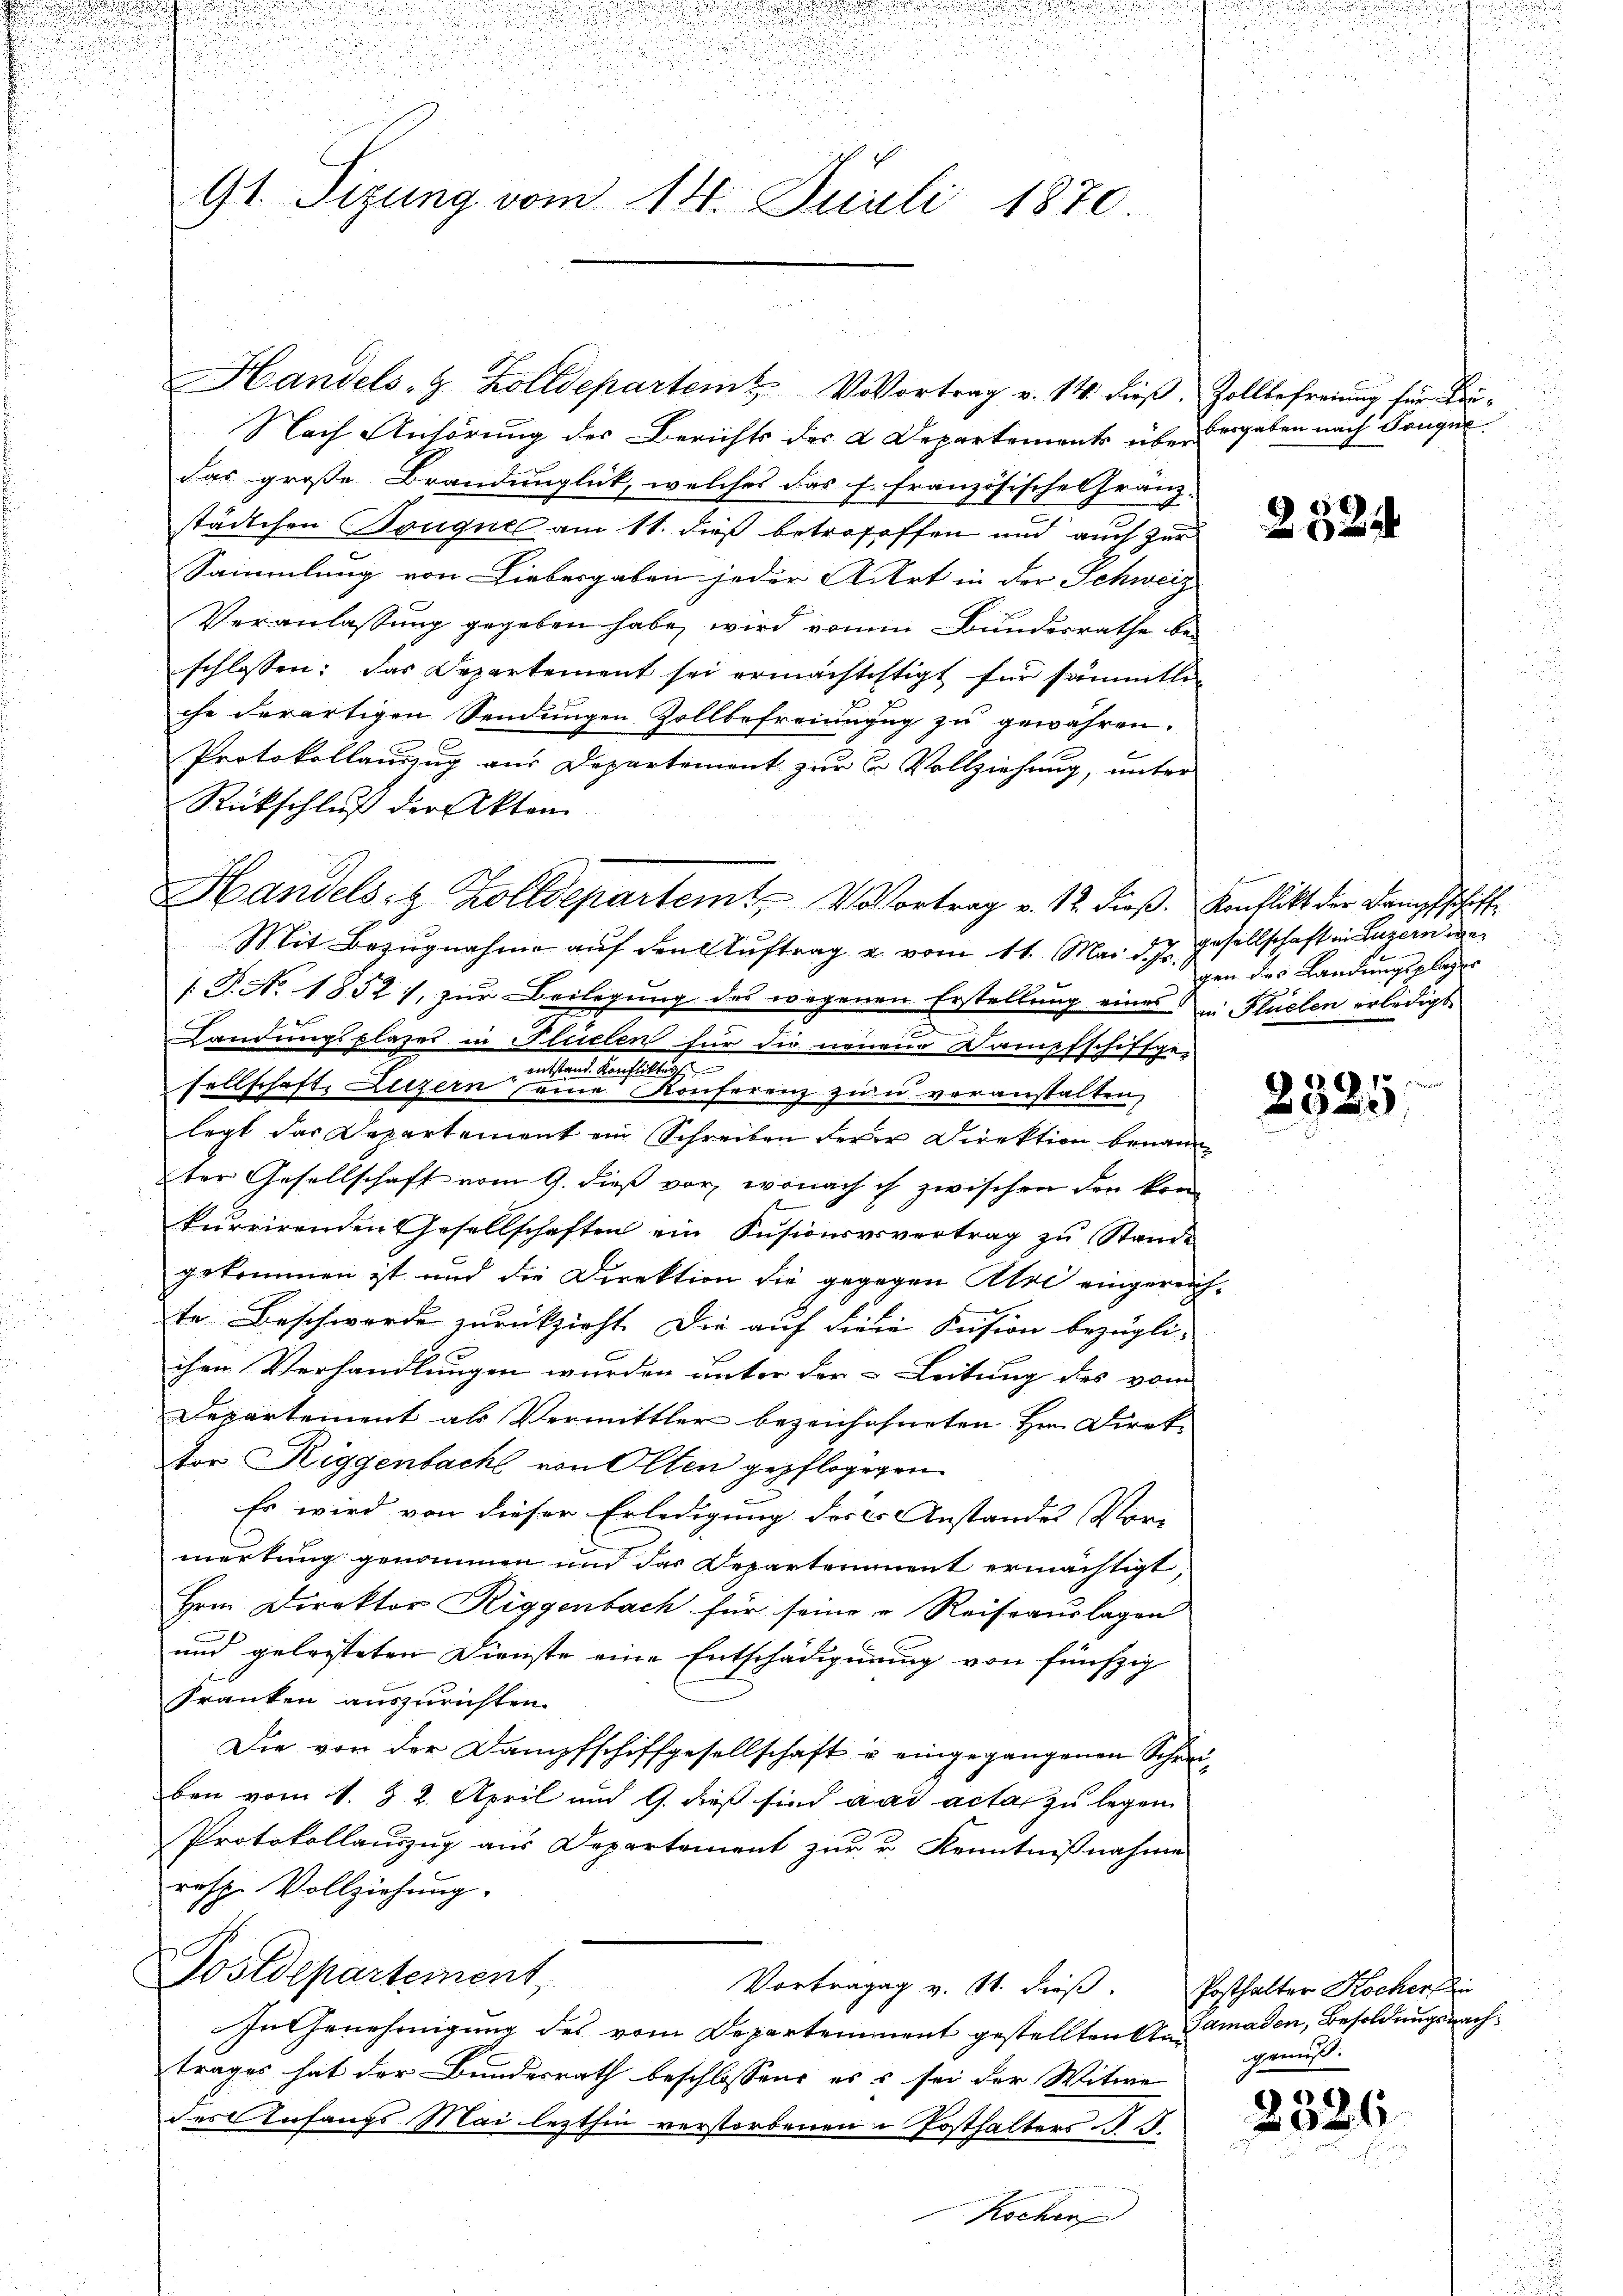
u

.

91. Sizung vom 14. Juli 1870.

Handels- & Zolldepartem Vovortrag v. 14. dieβ. Zollbefreiung für Leu¬
Nach Anhörung der Berichts des 2 Departements ist vergeben nach Bouque
das große Brandunglück, welches das f. französische Gränz-
städtchen Bouquel am 11. dieß betrefeffen und auch zur
Sammlung von Liebergaben jeder Aitrt in der Schweiz
Veranlassung gegeben habe, wird vonm Bundesrathe beschlossen: das Departement sei ermächtestigt für sämmtlie
che derartigen Sendungen Zollbefreiungug zu gewähren.
Protokollauszug aus Departement zur C. Vollziehung, unter
Rückschluß der Akten
Mit Bezugnahme auf den Auftrag u. vom 11. Mai d. J. Gesellschaft in Luzern der
/. P. No. 1852), zur Beilegung des wegenen Erstellung eines in Flüelen erledigt
Landungsplaser in Plüelen für die neuen Dampfschiffge-
einheit blechtlichen
sellschaft, Luzern eine Konferenz zu u. veranstalten,
legt das Departement ein Schreiben derer Direktion benann
ter Gesellschaft vom 9. dieß vor, wonach ich zwischen den komkurrirenden Gesellschaften ein Insionservertrag zu Stande
gekommen ist und die Direktion die gegegen Alpe eingereichte Beschwerde zurückzieht. Die auf Freie Fusion bezügli-
ihre Verhandlungen wurden unter der Leitung des vom
Departement als Vermittler bezeichneten Hrn. Direktor Riggenbach von Olten gepflogegen
Es wird von dieser Erledigung des Anstandes Vor-
merkung genommen und das Departement ermächtigt,
Hrn. Direktor Riggenbach für seine Reiseauslagen
und geleisteten Dienste eine Entschädigung von fünfzig
Franken auszurichten.
Die von der Dampfschiffgesellschaft u. eingegangenen Schreiben vom 1. & 2. April und G. dieß sind aus acta zu legen
Protokollauszug aus Departement zur r. Kenntnißnahme
resp. Vollziehung.
Postdepartement, Vortragung v. M. dieß.
In Genehmigung des vom Departement gestellten Ramaden, Besoldungsnachtrages hat der Bundesrath beschlossene ess sei der Witwe
des Anfangs Mai lezthin verstorbenen Posthalters d.
Kochen

Handels- & Zolldepartemt V. Vortrag v. 12. dieß. Konflikt der Dampfschiff¬

252

gen des Landungspläger
u

17
2950

Posthalter Kochorfin
genuß.

2326

n